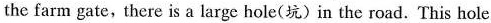
the farm gate,there is a large hole(坑)in the road. This hole